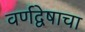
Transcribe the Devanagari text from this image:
वर्णद्वेषाचा